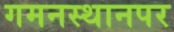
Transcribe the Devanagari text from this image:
गमनस्थानपर